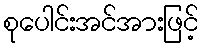
စုပေါင်းအင်အားဖြင့်